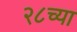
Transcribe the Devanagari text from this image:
२८च्या